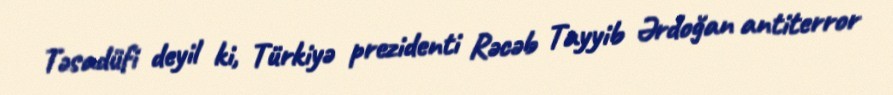
Təsadüfi deyil ki, Türkiyə prezidenti Rəcəb Tayyib Ərdoğan antiterror